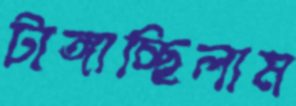
টাঙ্গাচ্ছিলাম